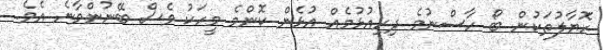
ހޮޔާލުތަކުން ބޯ ހާސްނުވެ ދިރިއުޅުމެއް އުޅެން ކޮންމެ މީހަކު ވެސް ބޭނުންވާނެ އެވެ.